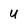
Character: U